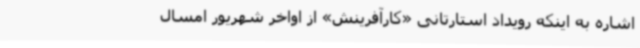
اشاره به اینکه رویداد استارتانی «کارآفرینش» از اواخر شهریور امسال